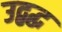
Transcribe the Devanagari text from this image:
उद्बद्ध